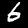
Label: 6